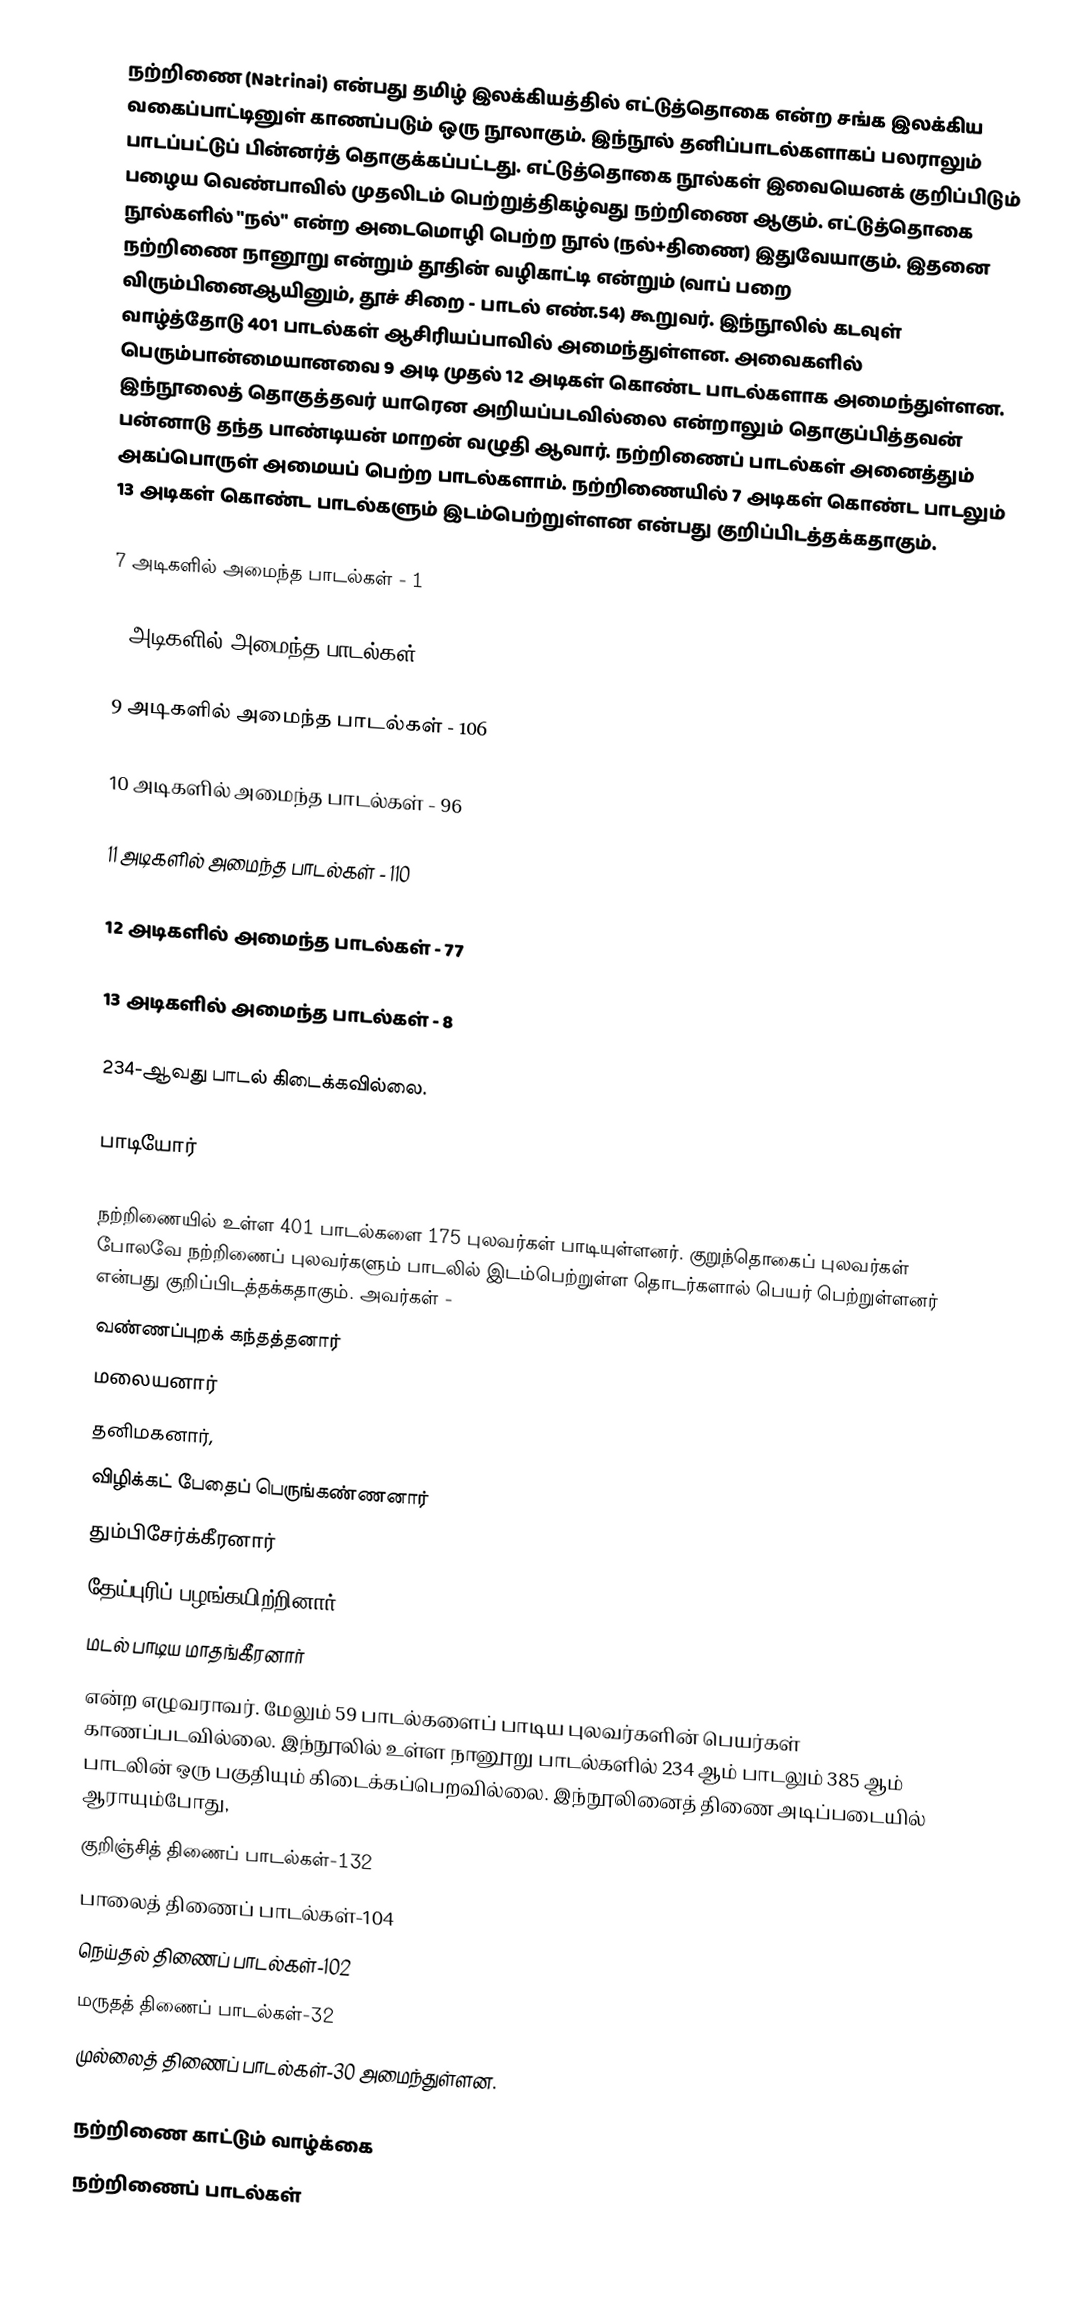
நற்றிணை (Natrinai) என்பது தமிழ் இலக்கியத்தில் எட்டுத்தொகை என்ற சங்க இலக்கிய வகைப்பாட்டினுள் காணப்படும் ஒரு நூலாகும். இந்நூல் தனிப்பாடல்களாகப் பலராலும் பாடப்பட்டுப் பின்னர்த் தொகுக்கப்பட்டது. எட்டுத்தொகை நூல்கள் இவையெனக் குறிப்பிடும் பழைய வெண்பாவில் முதலிடம் பெற்றுத்திகழ்வது நற்றிணை ஆகும். எட்டுத்தொகை நூல்களில் "நல்" என்ற அடைமொழி பெற்ற நூல் (நல்+திணை) இதுவேயாகும். இதனை நற்றிணை நானூறு என்றும் தூதின் வழிகாட்டி என்றும் (வாப் பறை விரும்பினைஆயினும், தூச் சிறை - பாடல் எண்.54) கூறுவர். இந்நூலில் கடவுள் வாழ்த்தோடு 401 பாடல்கள் ஆசிரியப்பாவில் அமைந்துள்ளன. அவைகளில் பெரும்பான்மையானவை 9 அடி முதல் 12 அடிகள் கொண்ட பாடல்களாக அமைந்துள்ளன. இந்நூலைத் தொகுத்தவர் யாரென அறியப்படவில்லை என்றாலும் தொகுப்பித்தவன் பன்னாடு தந்த பாண்டியன் மாறன் வழுதி ஆவார். நற்றிணைப் பாடல்கள் அனைத்தும் அகப்பொருள் அமையப் பெற்ற பாடல்களாம். நற்றிணையில் 7 அடிகள் கொண்ட பாடலும் 13 அடிகள் கொண்ட பாடல்களும் இடம்பெற்றுள்ளன என்பது குறிப்பிடத்தக்கதாகும்.

7 அடிகளில் அமைந்த பாடல்கள்     - 1

8 அடிகளில் அமைந்த பாடல்கள்     - 1

9 அடிகளில் அமைந்த பாடல்கள்     - 106

10 அடிகளில் அமைந்த பாடல்கள்     - 96

11 அடிகளில் அமைந்த பாடல்கள்     - 110

12  அடிகளில் அமைந்த பாடல்கள்     - 77

13 அடிகளில் அமைந்த பாடல்கள்     - 8

234-ஆவது பாடல் கிடைக்கவில்லை.

பாடியோர்

நற்றிணையில் உள்ள 401 பாடல்களை 175 புலவர்கள் பாடியுள்ளனர். குறுந்தொகைப் புலவர்கள் போலவே நற்றிணைப் புலவர்களும் பாடலில் இடம்பெற்றுள்ள தொடர்களால் பெயர் பெற்றுள்ளனர் என்பது குறிப்பிடத்தக்கதாகும். அவர்கள் -
 வண்ணப்புறக் கந்தத்தனார்
 மலையனார்
 தனிமகனார்,
 விழிக்கட் பேதைப் பெருங்கண்ணனார்
 தும்பிசேர்க்கீரனார்
 தேய்புரிப் பழங்கயிற்றினார்
 மடல் பாடிய மாதங்கீரனார்
என்ற எழுவராவர். மேலும் 59 பாடல்களைப் பாடிய புலவர்களின் பெயர்கள் காணப்படவில்லை. இந்நூலில் உள்ள நானூறு பாடல்களில் 234 ஆம் பாடலும் 385 ஆம் பாடலின் ஒரு பகுதியும் கிடைக்கப்பெறவில்லை. இந்நூலினைத் திணை அடிப்படையில் ஆராயும்போது,
 குறிஞ்சித் திணைப் பாடல்கள்-132
 பாலைத் திணைப் பாடல்கள்-104
 நெய்தல் திணைப் பாடல்கள்-102
 மருதத் திணைப் பாடல்கள்-32
 முல்லைத் திணைப் பாடல்கள்-30 அமைந்துள்ளன.

நற்றிணை காட்டும் வாழ்க்கை
நற்றிணைப் பாடல்கள்